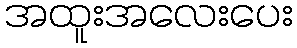
အထူးအလေးပေး